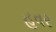
હૂવર